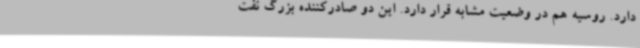
دارد. روسیه هم در وضعیت مشابه قرار دارد. این دو صادرکننده بزرگ نفت